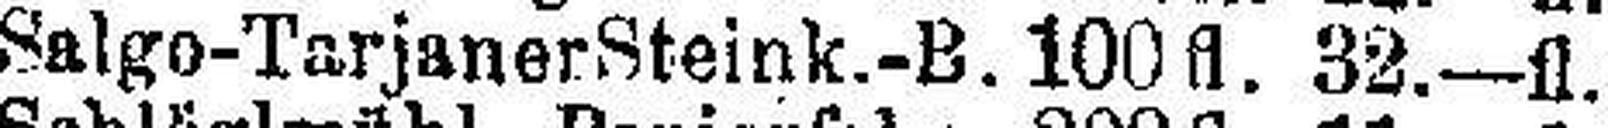
Salgo-Tarjaner Steink.-B. 100fl. 32.—fl.